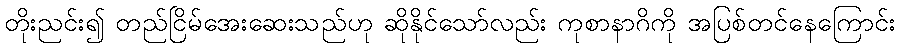
တိုးညင်း၍ တည်ငြိမ်အေးဆေးသည်ဟု ဆိုနိုင်သော်လည်း ကုစာနာဂိကို အပြစ်တင်နေကြောင်း